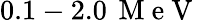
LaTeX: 0.1-2.0\, \mathrm{~M~e~V~}